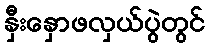
နှီးနှောဖလှယ်ပွဲတွင်